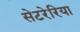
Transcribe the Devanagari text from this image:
सेटरेरिया